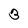
Character: 3